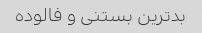
بدترین بستنی و فالوده